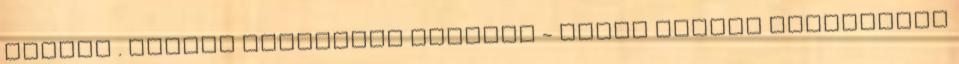
inkább . Vízből Kibukkanó Állatok - Ilyen Pompás Asztalokat